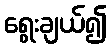
ရွေးချယ်၍